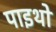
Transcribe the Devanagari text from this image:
पाइथो